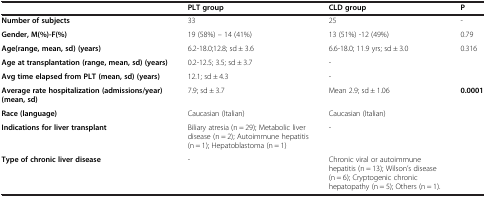
<table><thead><tr><td><b> </b></td><td><b>PLT group</b></td><td><b>CLD group</b></td><td><b>P</b></td></tr></thead><tbody><tr><td><b>Number of subjects</b></td><td>33</td><td>25</td><td>-</td></tr><tr><td><b>Gender, M(%)-F(%)</b></td><td>19 (58%) – 14 (41%)</td><td>13 (51%) -12 (49%)</td><td>0.79</td></tr><tr><td><b>Age</b><b>(range, mean, sd) (years)</b></td><td>6.2-18.0;12.8; sd ± 3.6</td><td>6.6-18.0; 11.9 yrs; sd ± 3.0</td><td>0.316</td></tr><tr><td><b>Age at transplantation (range, mean, sd) (years)</b></td><td>0.2-12.5; 3.5; sd ± 3.7</td><td>-</td><td> </td></tr><tr><td><b>Avg time elapsed from PLT (mean, sd) (years)</b></td><td>12.1; sd ± 4.3</td><td>-</td><td> </td></tr><tr><td><b>Average rate hospitalization (admissions/year) (mean, sd)</b></td><td>7.9; sd ± 3.7</td><td>Mean 2.9; sd ± 1.06</td><td><b>0.0001</b></td></tr><tr><td><b>Race (language)</b></td><td>Caucasian (Italian)</td><td>Caucasian (Italian)</td><td> </td></tr><tr><td><b>Indications for liver transplant</b></td><td>Biliary atresia (n = 29); Metabolic liver disease (n = 2); Autoimmune hepatitis (n = 1); Hepatoblastoma (n = 1)</td><td>-</td><td> </td></tr><tr><td><b>Type of chronic liver disease</b></td><td>-</td><td>Chronic viral or autoimmune hepatitis (n = 13); Wilson’s disease (n = 6); Cryptogenic chronic hepatopathy (n = 5); Others (n = 1).</td><td> </td></tr></tbody></table>